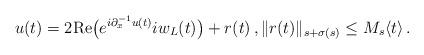
LaTeX: \begin{align*}u(t) = 2 {\rm Re} \big( e^{i \partial_x^{-1} u(t)} i w_L(t) \big) + r(t) \, , \| r(t) \|_{s +\sigma(s)} \le M_s \langle t \rangle \, .\end{align*}